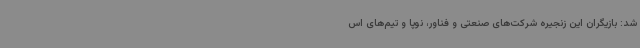
شد: بازیگران این زنجیره شرکت‌های صنعتی و فناور، نوپا و تیم‌های اس